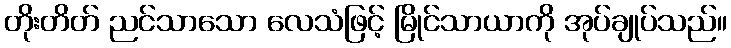
တိုးတိတ် ညင်သာသော လေသံဖြင့် မြိုင်သာယာကို အုပ်ချုပ်သည်။